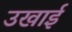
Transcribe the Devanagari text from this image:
उखाई